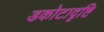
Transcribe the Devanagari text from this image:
डकोटादृष्टि